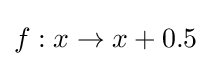
f:x\to x+0.5